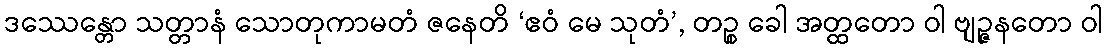
ဒဿေန္တော သတ္တာနံ သောတုကာမတံ ဇနေတိ ‘ဧဝံ မေ သုတံ’, တဉ္စ ခေါ အတ္ထတော ဝါ ဗျဉ္ဇနတော ဝါ